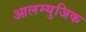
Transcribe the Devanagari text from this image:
आलम्युजिक